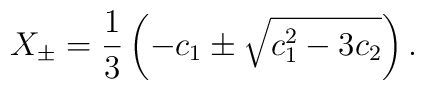
X_\pm =\frac{1}{3}\left(-c_1 \pm \sqrt{c_1^2 -3c_2}\right).